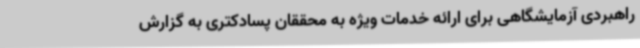
راهبردی آزمایشگاهی برای ارائه خدمات ویژه به محققان پسادکتری به گزارش